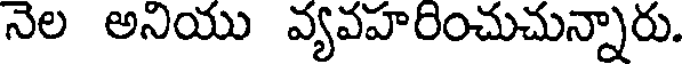
నెల అనియు వ్యవహరించుచున్నారు.